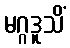
မဂ္ဂဒူသိံ